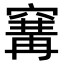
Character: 𥧒